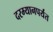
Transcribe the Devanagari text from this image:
दरम्यानपर्यंत